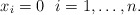
\begin{gather*}x_i=0 \ \ i=1,\dots,n.\end{gather*}